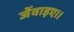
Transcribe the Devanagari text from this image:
जेंवाइए।।